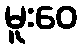
မူးဝေ